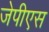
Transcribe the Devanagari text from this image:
जेपीएस